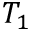
T _ { 1 }